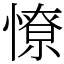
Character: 憭